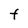
Character: F